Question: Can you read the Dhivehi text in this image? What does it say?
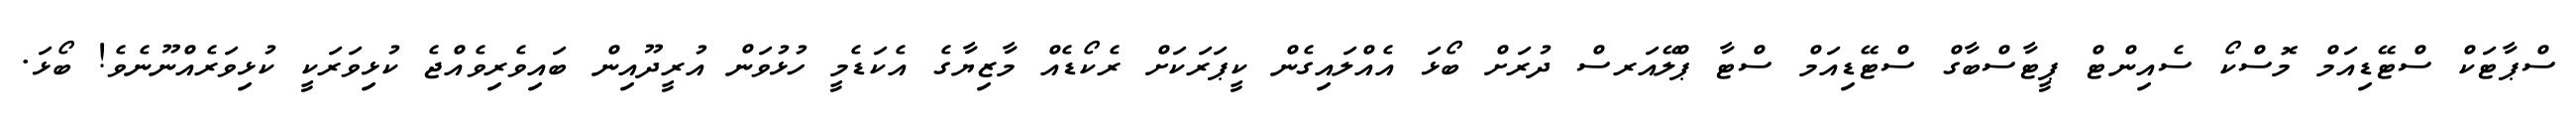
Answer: ސްޕާޓަކް ސްޓޭޑިއަމް މޮސްކޯ ސެއިންޓް ޕީޓާސްބާގް ސްޓޭޑިއަމް ސްޓާ ޕްލޭއަރސް ދުރަށް ބޯޅަ އެއްލައިގެން ކީޕަރަކަށް ރެކޯޑެއް މާޒިޔާގެ އެކަޑެމީ ހުޅުވަން އުރީދޫއިން ބައިވެރިވެއްޖެ ކުޅިވަރަކީ ކުޅިވަރެއްނޫނެވެ! ބޯޅަ.